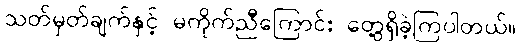
သတ်မှတ်ချက်နှင့် မကိုက်ညီကြောင်း တွေ့ရှိခဲ့ကြပါတယ်။